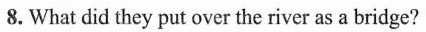
8.What did they put over the river as a bridge?